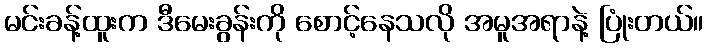
မင်းခန့်ထူးက ဒီမေးခွန်းကို စောင့်နေသလို အမူအရာနဲ့ ပြုံးတယ်။